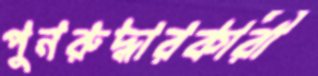
পুনরুদ্ধারকারী